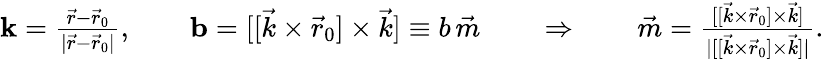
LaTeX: \begin{array}{r}{\boldsymbol{\mathrm{k}}=\frac{\vec{r}-\vec{r}_{0}}{|\vec{r}-\vec{r}_{0}|},\qquad\boldsymbol{\mathrm{b}}=[[{\vec{k}}\times{\vec{r}}_{0}]\times{\vec{k}}]\equiv b\, \vec{m}\qquad\Rightarrow\qquad\vec{m}=\frac{[[{\vec{k}}\times{\vec{r}}_{0}]\times{\vec{k}}]}{|[[{\vec{k}}\times{\vec{r}}_{0}]\times{\vec{k}}]|}.}\end{array}